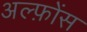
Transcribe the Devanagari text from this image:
अल्फ़ोंस